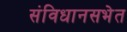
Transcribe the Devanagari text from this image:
संविधानसभेत